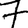
Digit: 7